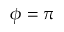
\phi = \pi